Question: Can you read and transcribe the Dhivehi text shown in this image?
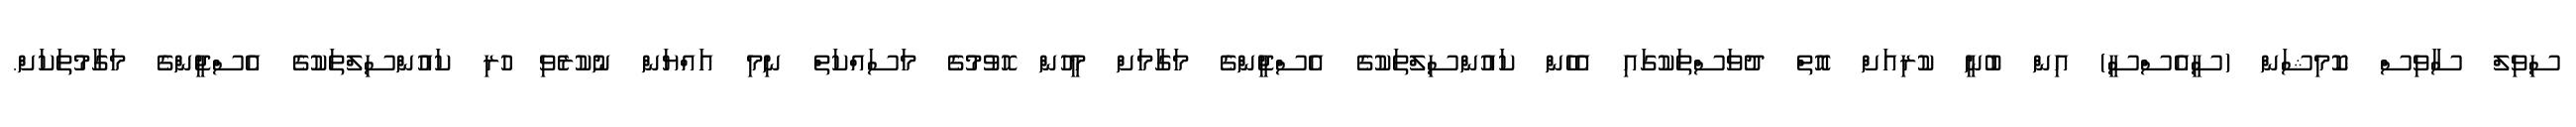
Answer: ސިވިލް ސާވިސް ކޮމިޝަން (ސީއެސްސީ) އިން ބުނީ ކުރިއަށް އޮތް ދުވަސްތަކުގައި އެހެން ކައުންސިލްތަކުގެ އެސްޖީންގެ މަގާމަށް މީހުން ހޮވުމުގެ މަސައްކަތް ނިމި އައްޔަން ނުކުރެވި ހުރި ކައުންސިލްތަކުގެ އެސްޖީންގެ މަގާމުތަކަށް.